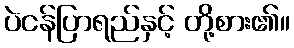
ပဲငန်ပြာရည်နှင့် တို့စား၏။